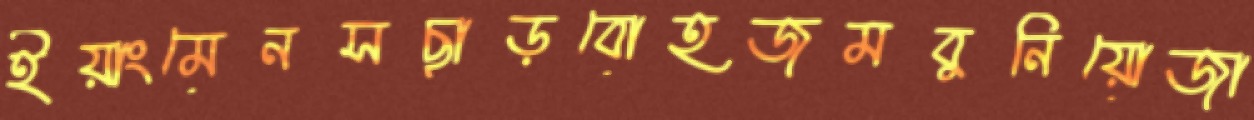
ইয়াংমেনসছাড়বোহজমবুনিয়োজা